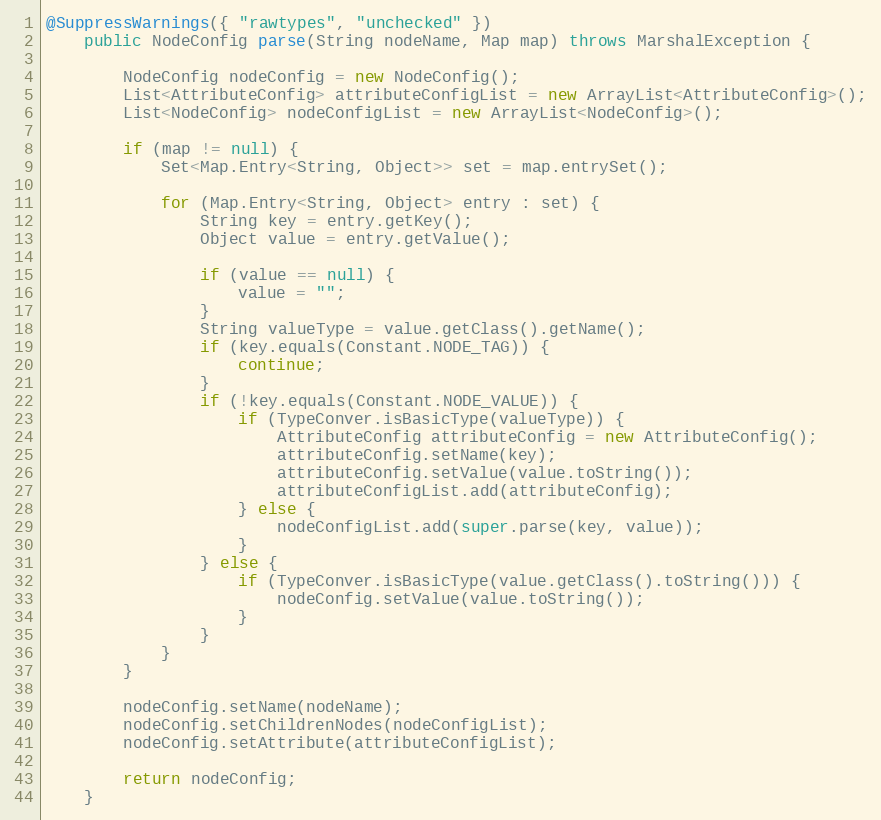
Language: Java
@SuppressWarnings({ "rawtypes", "unchecked" })
	public NodeConfig parse(String nodeName, Map map) throws MarshalException {

		NodeConfig nodeConfig = new NodeConfig();
		List<AttributeConfig> attributeConfigList = new ArrayList<AttributeConfig>();
		List<NodeConfig> nodeConfigList = new ArrayList<NodeConfig>();

		if (map != null) {
			Set<Map.Entry<String, Object>> set = map.entrySet();

			for (Map.Entry<String, Object> entry : set) {
				String key = entry.getKey();
				Object value = entry.getValue();

				if (value == null) {
					value = "";
				}
				String valueType = value.getClass().getName();
				if (key.equals(Constant.NODE_TAG)) {
					continue;
				}
				if (!key.equals(Constant.NODE_VALUE)) {
					if (TypeConver.isBasicType(valueType)) {
						AttributeConfig attributeConfig = new AttributeConfig();
						attributeConfig.setName(key);
						attributeConfig.setValue(value.toString());
						attributeConfigList.add(attributeConfig);
					} else {
						nodeConfigList.add(super.parse(key, value));
					}
				} else {
					if (TypeConver.isBasicType(value.getClass().toString())) {
						nodeConfig.setValue(value.toString());
					}
				}
			}
		}

		nodeConfig.setName(nodeName);
		nodeConfig.setChildrenNodes(nodeConfigList);
		nodeConfig.setAttribute(attributeConfigList);

		return nodeConfig;
	}